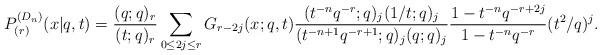
LaTeX: \begin{align*}&P^{(D_n)}_{(r)}(x|q,t)={(q;q)_r\over (t;q)_r}\sum_{0\leq 2j\leq r}G_{r-2j}(x;q,t){( t^{-n}q^{-r};q)_{j}(1/t;q)_{j}\over (t^{-n+1}q^{-r+1};q)_{j} (q;q)_{j}}{1-t^{-n}q^{-r+2j} \over 1- t^{-n}q^{-r}}(t^2/q)^{j}. \end{align*}